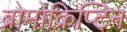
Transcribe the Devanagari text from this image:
ब्रोमोक्रिप्टिन